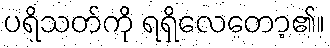
ပရိသတ်ကို ရရှိလေတော့၏။